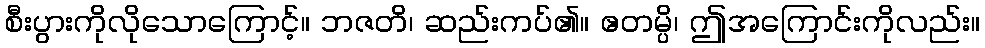
စီးပွားကိုလိုသောကြောင့်။ ဘဇတိ၊ ဆည်းကပ်၏။ ဧတမ္ပိ၊ ဤအကြောင်းကိုလည်း။